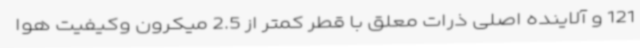
121 و آلاینده اصلی ذرات معلق با قطر کمتر از 2.5 میکرون وکیفیت هوا